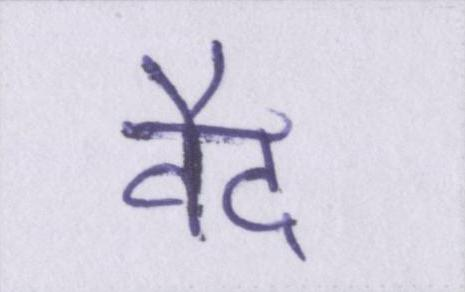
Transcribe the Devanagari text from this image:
वैद